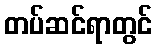
တပ်ဆင်ရာတွင်